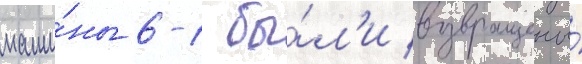
маши́ны 6-1 бы́л'и возвращены́